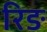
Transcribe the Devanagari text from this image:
रिङ